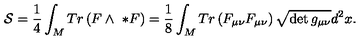
{ \cal S } = \frac { 1 } { 4 } \int _ { M } T r \left( F \wedge \ * F \right) = \frac { 1 } { 8 } \int _ { M } T r \left( F _ { \mu \nu } F _ { \mu \nu } \right) \sqrt { \det g _ { \mu \nu } } d ^ { 2 } x .